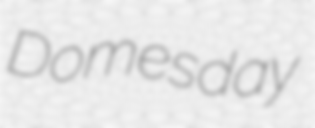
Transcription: Domesday